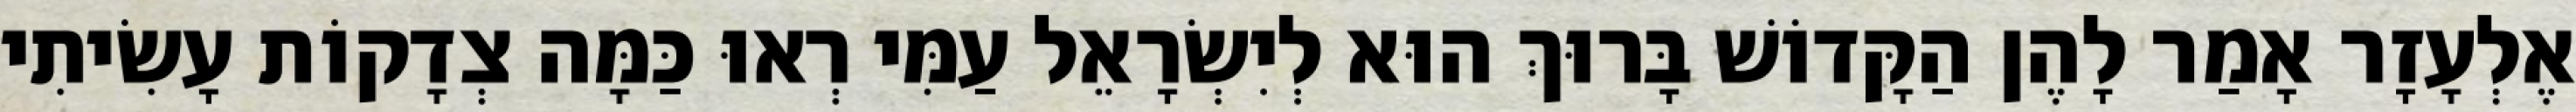
אֶלְעָזָר אָמַר לָהֶן הַקָּדוֹשׁ בָּרוּךְ הוּא לְיִשְׂרָאֵל עַמִּי רְאוּ כַּמָּה צְדָקוֹת עָשִׂיתִי